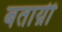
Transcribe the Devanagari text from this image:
बताय़ी